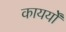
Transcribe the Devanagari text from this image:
कायर्यों